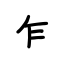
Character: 乍